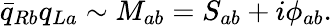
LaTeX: {\bar{q}}_{Rb}q_{La}\sim M_{ab}=S_{ab}+i{\phi}_{ab}.